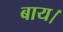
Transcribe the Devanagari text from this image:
बाय।